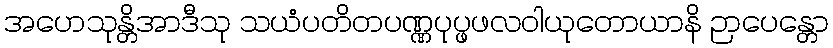
အဟေသုန္တိအာဒီသု သယံပတိတပဏ္ဏပုပ္ဖဖလဝါယုတောယာနိ ဉာပေန္တော